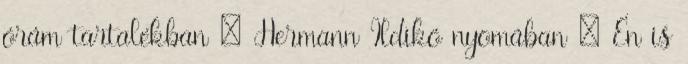
órám tartalékban : Hermann Ildikó nyomában : Én is